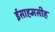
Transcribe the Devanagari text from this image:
ईसाहमसीह